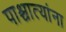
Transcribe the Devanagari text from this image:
पाश्चात्यांना